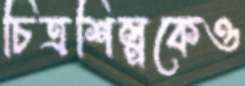
চিত্রশিল্পকেও